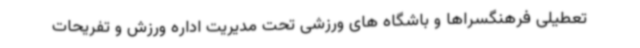
تعطیلی فرهنگسراها و باشگاه های ورزشی تحت مدیریت اداره ورزش و تفریحات